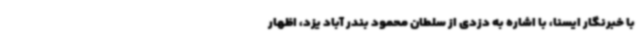
با خبرنگار ایسنا، با اشاره به دزدی از سلطان محمود بندر آباد یزد، اظهار